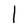
Character: I